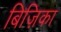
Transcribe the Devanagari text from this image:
बिज़िका